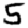
Digit: 5